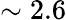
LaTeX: \sim 2.6